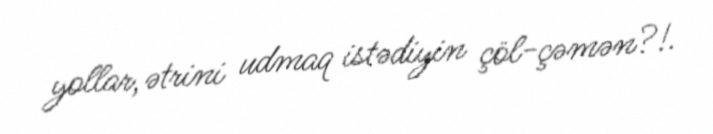
yollar, ətrini udmaq istədiyin çöl-çəmən?!.